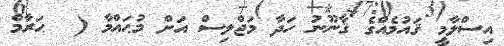
އިސްލާމީ ޤައުމެއްގެ ޤާނޫނު ހަދާ މަޖްލިސް އަށް މުޙައްމާ (  ޙަރާމް